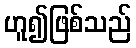
ဟူ၍ဖြစ်သည်